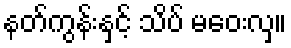
နတ်ကွန်းနှင့် သိပ် မဝေးလှ။